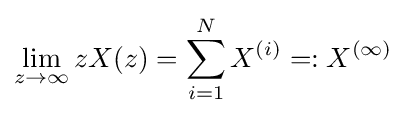
\lim _{z\rightarrow \infty }zX(z)=\sum _{i=1}^{N}X^{(i)}=:X^{(\infty )}